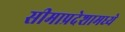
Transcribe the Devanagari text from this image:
सीमाप्रदेशामध्ये